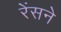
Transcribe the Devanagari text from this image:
रेंसने